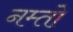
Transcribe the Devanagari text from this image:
नम्तो